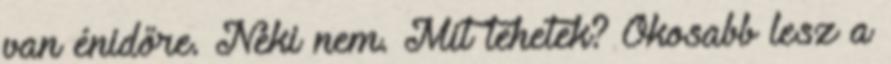
van énidőre. Neki nem. Mit tehetek? Okosabb lesz a